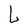
Character: L